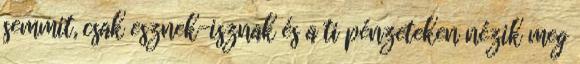
semmit, csak esznek-isznak és a ti pénzeteken nézik meg